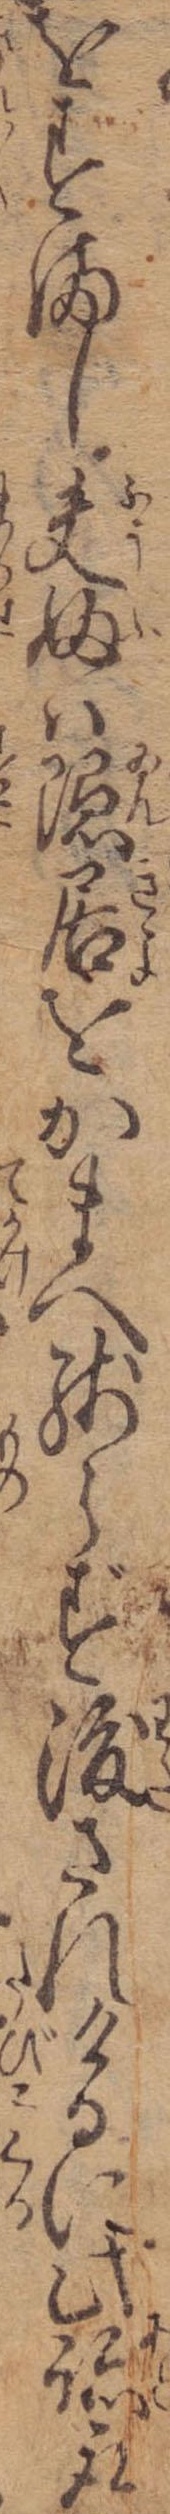
をすまし夫婦は隠居をかまへ残らず渡されけるに此跡取